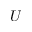
U